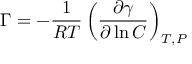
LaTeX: \Gamma = - { \frac { 1 } { R T } } \left( { \frac { \partial \gamma } { \partial \ln C } } \right) _ { T , P }